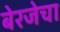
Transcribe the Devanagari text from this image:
बेरजेचा